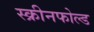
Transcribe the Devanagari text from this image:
स्क्रीनफोल्ड